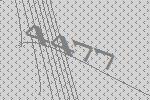
4477